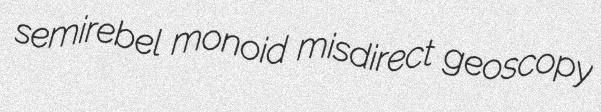
semirebel monoid misdirect geoscopy